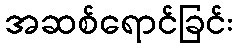
အဆစ်ရောင်ခြင်း